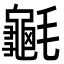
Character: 䶰